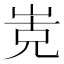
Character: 𭖡